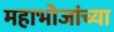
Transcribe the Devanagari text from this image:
महाभोजांच्या